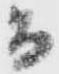
而